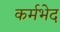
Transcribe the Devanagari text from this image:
कर्मभेद